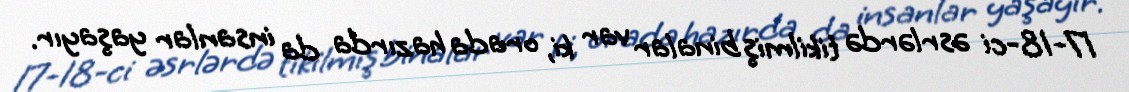
17-18-ci əsrlərdə tikilmiş binalar var ki, orada hazırda da insanlar yaşayır.